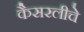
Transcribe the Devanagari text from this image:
कैसरलीचे